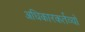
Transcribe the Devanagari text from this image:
अधिकारकर्तव्यों